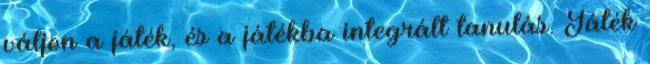
váljon a játék, és a játékba integrált tanulás. Játék